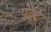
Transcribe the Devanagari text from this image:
पटूटे